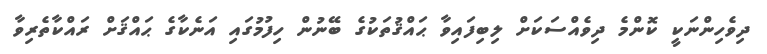
ދިވެހިންނަކީ ކޮންމެ ދިވެއްސަކަށް ލިބިފައިވާ ޙައްޤުތަކުގެ ބޭނުން ހިފުމުގައި އަނެކާގެ ޙައްޤަށް ރައްކާތެރިވާ